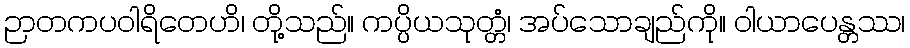
ဉာတကပဝါရိတေဟိ၊ တို့သည်။ ကပ္ပိယသုတ္တံ၊ အပ်သောချည်ကို။ ဝါယာပေန္တဿ၊